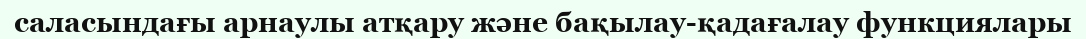
саласындағы арнаулы атқару және бақылау-қадағалау функциялары